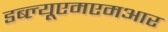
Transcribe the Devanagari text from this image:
डब्ल्यूएमएमआर